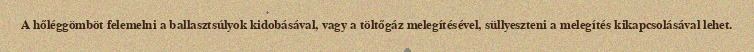
A hőléggömböt felemelni a ballasztsúlyok kidobásával, vagy a töltőgáz melegítésével, süllyeszteni a melegítés kikapcsolásával lehet.